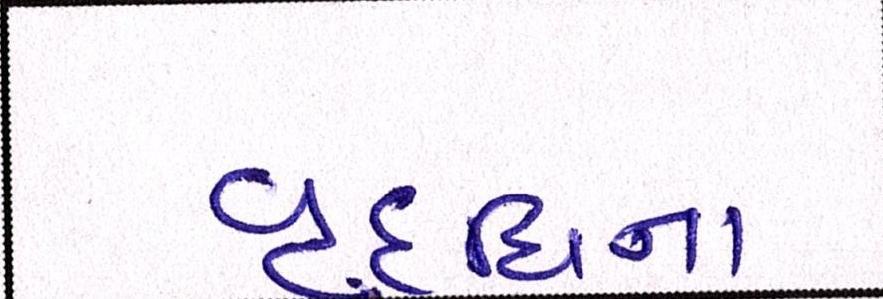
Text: વૃદ્ધિના